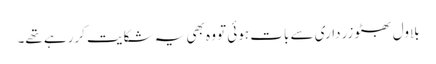
بلاول بھٹو زرداری سے بات ہوئی تو وہ بھی یہ شکایت کررہے تھے۔